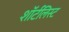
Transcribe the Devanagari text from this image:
शॉर्टलिस्ट